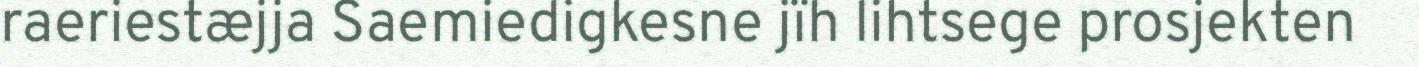
raeriestæjja Saemiedigkesne jïh lihtsege prosjekten